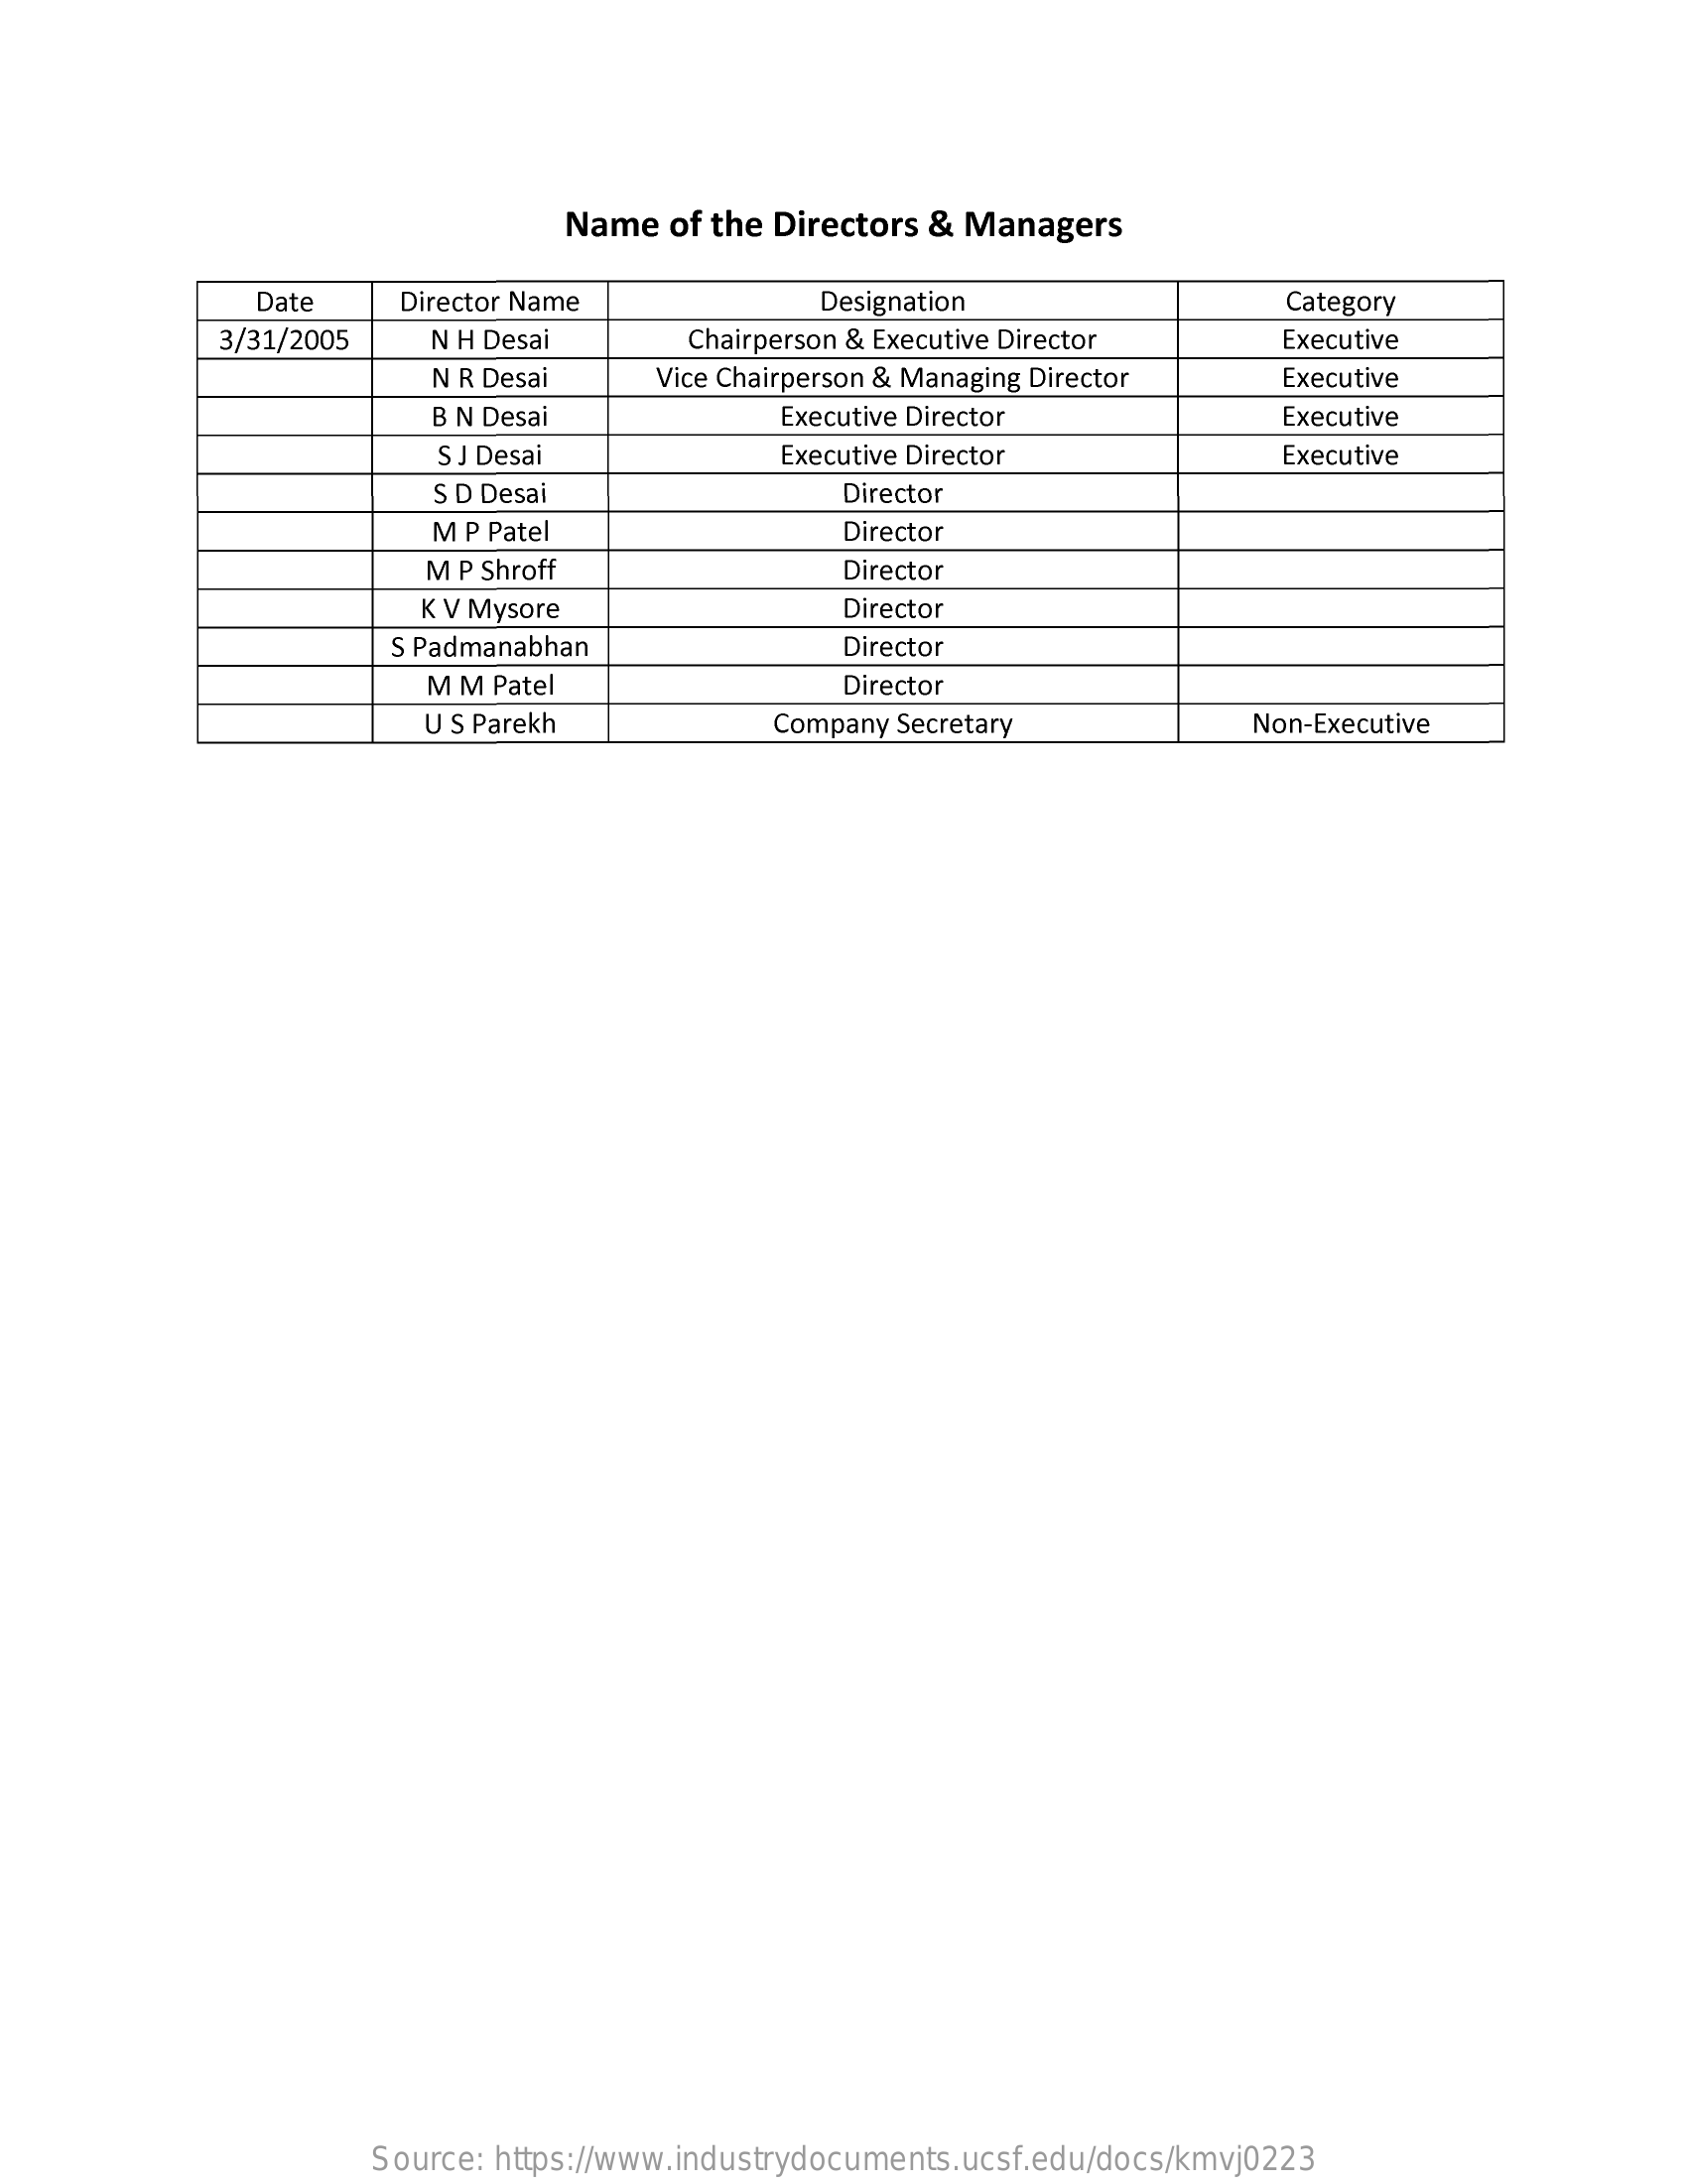
Name   of the Directors & Managers
     Date    Director Name    Designation    Category
     3/31/2005    N H Desai    Chairperson & Executive Director    Executive
     N R Desai    Vice Chairperson & Managing Director    Executive
     B N Desai    Executive Director    Executive
     SJ Desai    Executive Director    Executive
     S D Desai    Director
     M P Patel    Director
     M P Shroff    Director
     K V Mysore    Director
     S Padmanabhan    Director
     M M Patel    Director
     U S Parekh    Company Secretary    Non-Executive
     Source: https://www.industrydocuments.ucsf.edu/docs/kmvj0223